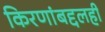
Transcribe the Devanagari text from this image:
किरणांबद्दलही